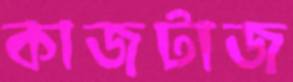
কাজটাজ